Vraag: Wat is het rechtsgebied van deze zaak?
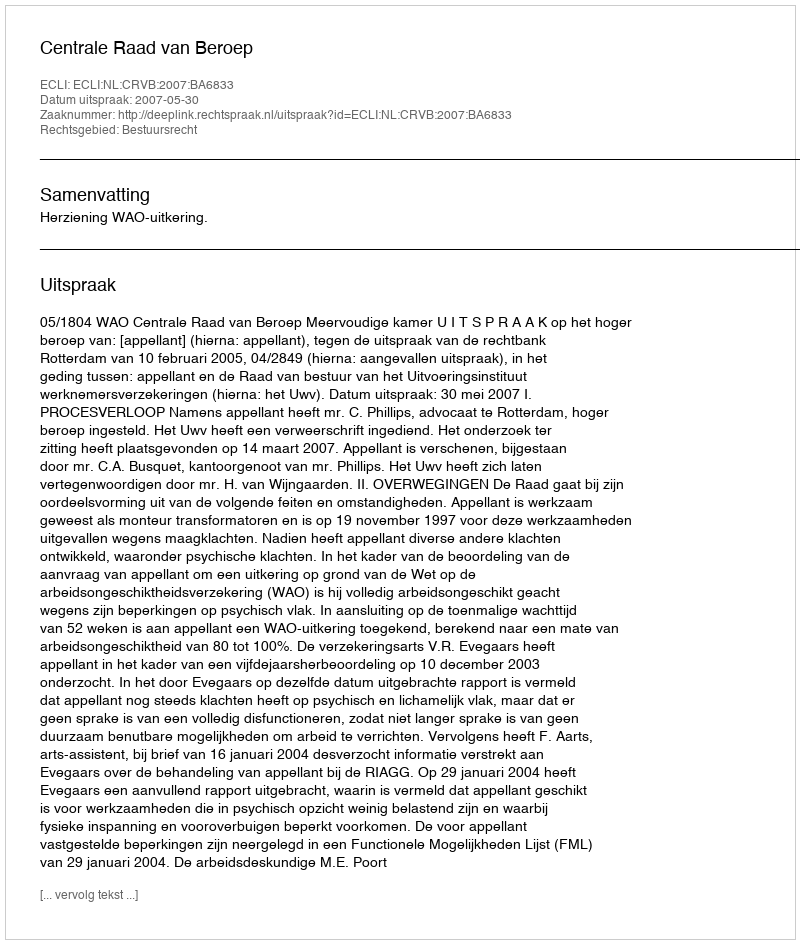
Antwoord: Bestuursrecht